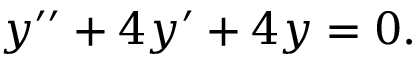
y ^ { \prime \prime } + 4 y ^ { \prime } + 4 y = 0 .